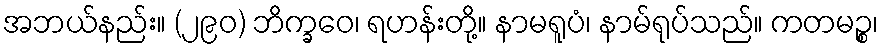
အဘယ်နည်း။ (၂၉၀) ဘိက္ခဝေ၊ ရဟန်းတို့။ နာမရူပံ၊ နာမ်ရုပ်သည်။ ကတမဉ္စ၊